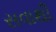
સવાથી